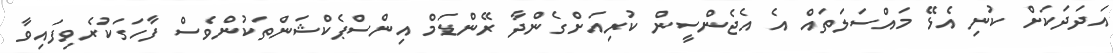
އަދަދަކަށް ކުނި އެޅޭ މައްސަލަތައް އެ އެޖެންސީން ކުރިއަށްގެންދާ ރޭންޑަމް އިންސްޕެކްޝަންތަކުންވެސް ފާހަގަކުރެވިފައިވާ